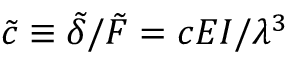
\tilde { c } \equiv \tilde { \delta } / \tilde { F } = c E I / \lambda ^ { 3 }